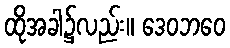
ထိုအခါ၌လည်း။ ဒေဝဘဝေ